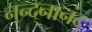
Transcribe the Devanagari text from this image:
नन्दनानंद